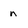
Character: n